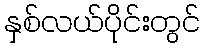
နှစ်လယ်ပိုင်းတွင်